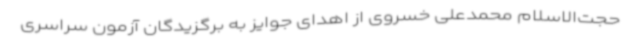
حجت‌الاسلام محمدعلی خسروی از اهدای جوایز به برگزیدگان آزمون سراسری